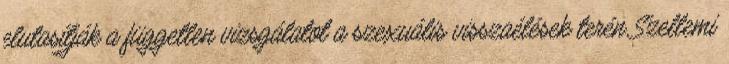
elutasítják a független vizsgálatot a szexuális visszaélések terén Szellemi